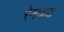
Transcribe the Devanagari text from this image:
रेनघाट